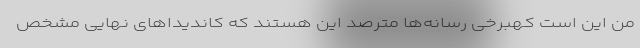
من این است کهبرخی رسانه‌ها مترصد این هستند که کاندیداهای نهایی مشخص